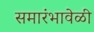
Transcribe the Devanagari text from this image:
समारंभावेळी